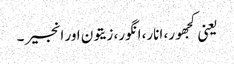
یعنی کجھور، انار، انگور، زیتون اور انجیر ۔